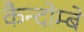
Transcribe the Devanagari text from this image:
कैन्दोम्बे